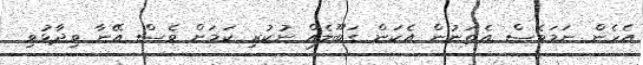
އެހެން ނަމަވެސް އެތަނުން އެކަން ގަބޫލެއް ނުކުރި ކަމަށް ވެސް އޭނާ ވިދާޅުވި